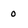
Character: 0